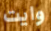
وايت